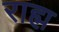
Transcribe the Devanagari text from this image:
राह्म